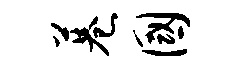
巷国